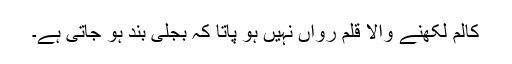
کالم لکھنے والا قلم رواں نہیں ہو پاتا کہ بجلی بند ہو جاتی ہے۔